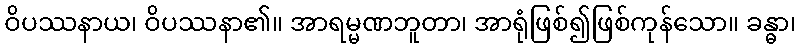
ဝိပဿနာယ၊ ဝိပဿနာ၏။ အာရမ္မဏဘူတာ၊ အာရုံဖြစ်၍ဖြစ်ကုန်သော။ ခန္ဓာ၊